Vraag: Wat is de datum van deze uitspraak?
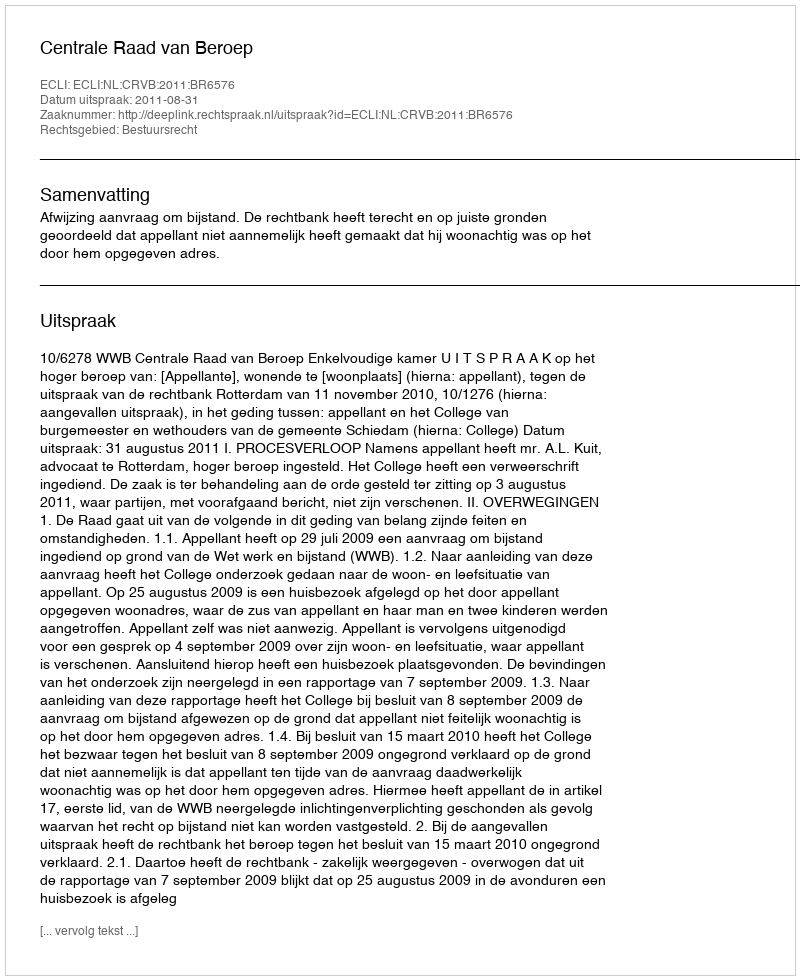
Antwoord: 2011-08-31